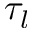
\tau _ { l }